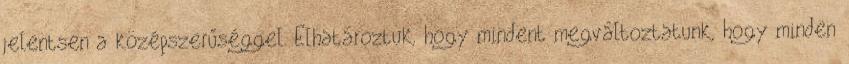
jelentsen a középszerűséggel. Elhatároztuk, hogy mindent megváltoztatunk, hogy minden